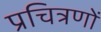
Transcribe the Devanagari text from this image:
प्रचित्रणों